画像に写った文字を読んでください
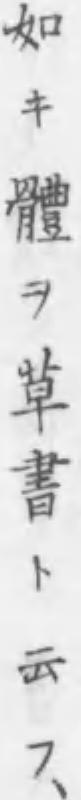
「如キ體ヲ草書ト云フ、」と書いてあります